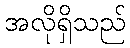
အလိုရှိသည်